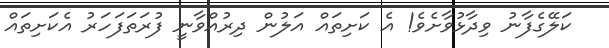
ކަލޭގެފާނު ވިދާޅުވާށެވެ! އެ ކަށިތައް އަލުން ދިރުއްވާނީ ފުރަތަފަހަރު އެކަށިތައް